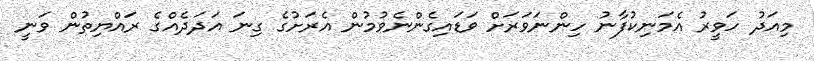
މިއަދު ހަވީރު އެމަނިކުފާނު ހިންނަވަރަށް ވަޑައިގެންނެވުމުން އެރަށުގެ ގިނަ އަދަދެއްގެ ރައްޔިތުން ވަނީ